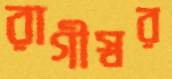
রাগীস্বর